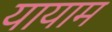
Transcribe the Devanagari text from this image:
यायाम